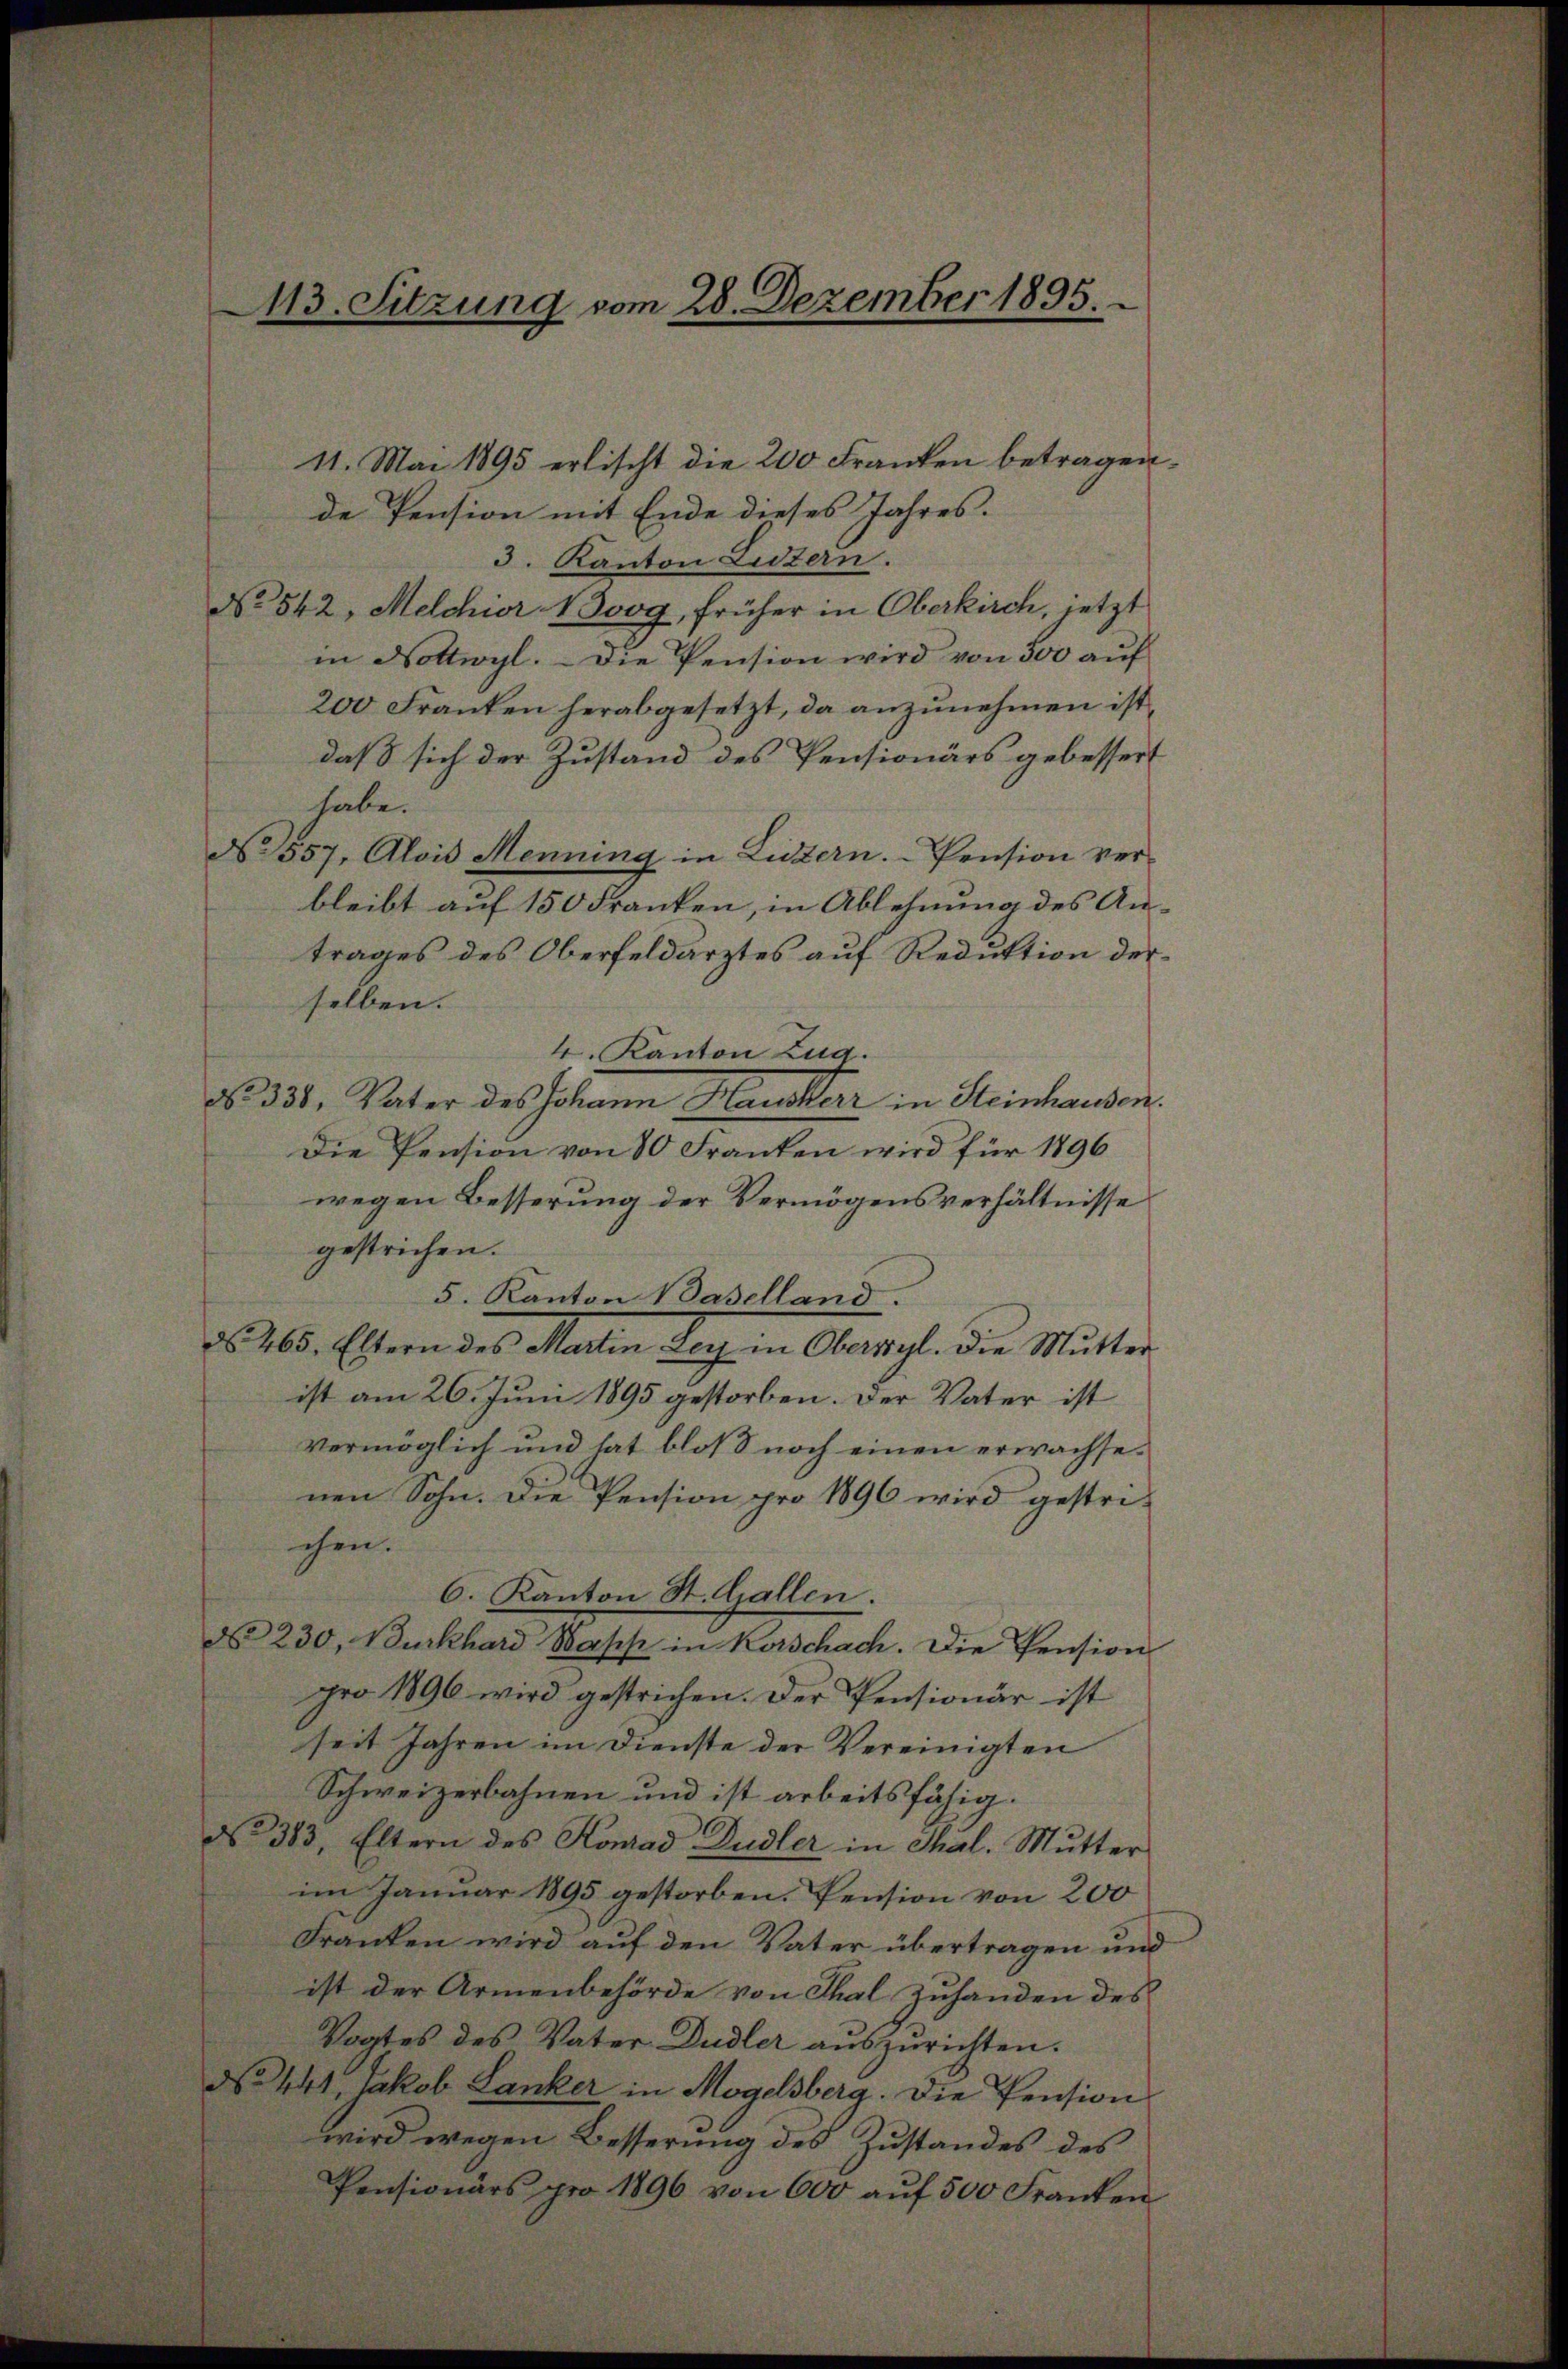
113. Sitzung vom 28. Dezember 1895.

11. Mai 1895 erlischt die 200 Franken betragen.
de Pension mit Ende dieses Jahres.
3. Kanton Listern.
No 542, Melchior Noog, früher in Oberkirch, jetzt
in Nottwyl. – Die Pension wird von 500 auf
200 Franken herabgesetzt, da anzunehmen ist,
daß sich der Zustand des Pensionärs gebessert
habe.
No 557. Alois Menning in Listern. Pension ver-
bleibt auf 150 Franken, in Ablehnung des Antrages des Oberfeldarztes auf Reduktion derselben.
4. Kanton Zug.
No. 338. Vater des Johann Hausherr in Heinhausen.
Die Pension von 80 Franken wird für 1896
wegen Besserung der Vermögensverhältnisse
gestrichen.
5. Kanton Baselland.
d 265. Eltern des Martin Ley in Obersihl. die Mutter
ist am 26. Juni 1895 gestorben. Der Vater ist
vermöglich und hat bloß noch einen erwachsenen Sohn. Die Pension pro 1896 wird gestrichen.
6. Kanton St. Gallen.
d 230, Burkhard Wasch in Kerschach. Die Pension
pro 1896 wird gestrichen. Der Pensionär ist
seit Jahren im Dienste der Vereinigten
Schweizerbahnen und ist arbeitsfähig.
No 383, Eltern des Konrad Dudler in Thal. Mutter
im Januar 1895 gestorben. Pension von 200
Franken wird auf den Vater übertragen und
ist der Armenbehörde von Thal Zuhanden des
Vogtes des Vater Dudler auszurichten.
d 441, Jakob Lanker in Mogelsberg. Die Pension
wird wegen Besserung des Zustandes des
Pensionärs pro 1896 von 600 aŭf 500 Franken